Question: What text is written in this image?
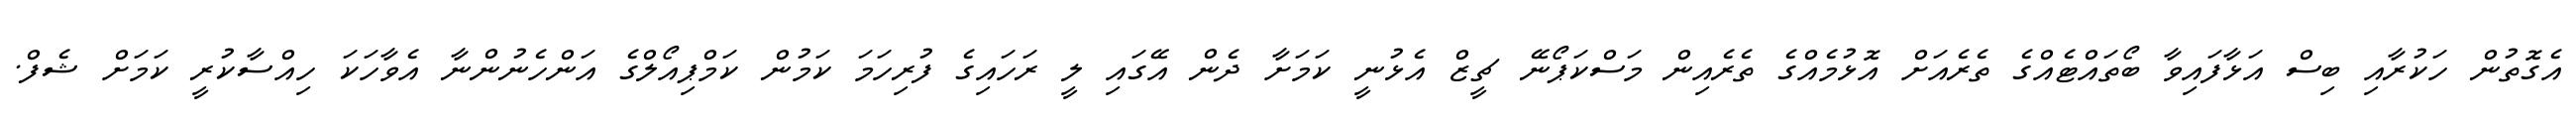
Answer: އެގޮތުން ހަކުރާއި ބިސް އަޅާފައިވާ ބޯތައްޓެއްގެ ތެރެއަށް އޮޅުމެއްގެ ތެރެއިން މަސްކަޕޯނޭ ޗީޒް އެޅުނީ ކަމަށާ ދެން އޭގައި ލީ ރަހައިގެ ފުރިހަމަ ކަމުން ކަމްޕިއޯލްގެ އަންހެނުންނާ އެވާހަކަ ހިއްސާކުރީ ކަމަށް ޝެފް.